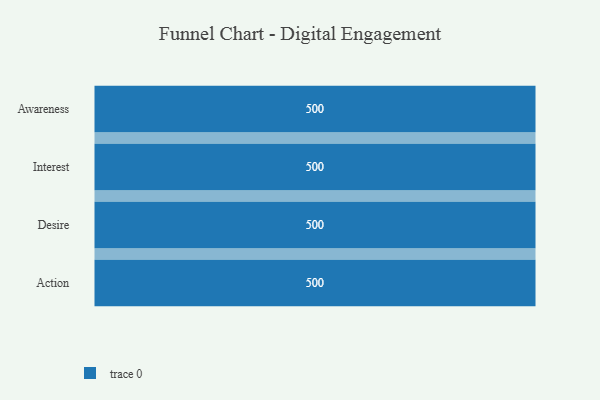
{"axis": {"x": "Stage", "y": "Value"}, "legend": [""], "data": [{"x": "Awareness", "y": 500, "type": ""}, {"x": "Interest", "y": 500, "type": ""}, {"x": "Desire", "y": 500, "type": ""}, {"x": "Action", "y": 500, "type": ""}]}